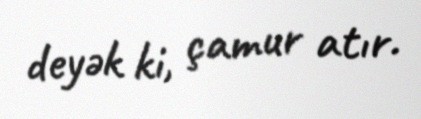
deyək ki, çamur atır.